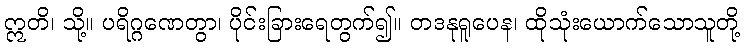
ဣတိ၊ သို့။ ပရိဂ္ဂဏေတွာ၊ ပိုင်းခြားရေတွက်၍။ တဒနုရူပေန၊ ထိုသုံးယောက်သောသူတို့